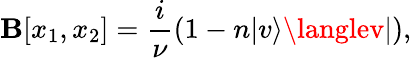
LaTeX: \mathbf{B}[x_{1},x_{2}]=\frac{{i}}{{\nu}}(1-n|v\rangle\langlev|),